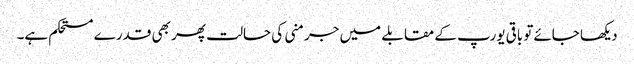
دیکھا جائےتو باقی یورپ کے مقابلے میں جرمنی کی حالت پھر بھی قدرے مستحکم ہے۔